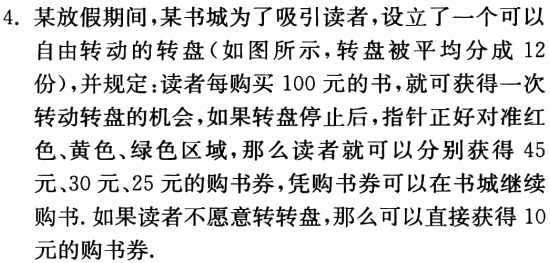
4. 某放假期间，某书城为了吸引读者，设立了一个可以自由转动的转盘（如图所示，转盘被平均分成 12份），并规定：读者每购买 100 元的书，就可获得一次转动转盘的机会，如果转盘停止后，指针正好对准红色、黄色、绿色区域，那么读者就可以分别获得 45元、30元、25元的购书券，凭购书券可以在书城继续购书.如果读者不愿意转转盘，那么可以直接获得 10 元的购书券.